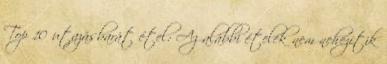
Top 10 utazásbarát étel: Az alábbi ételek nem nehezítik